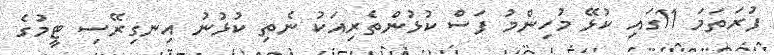
ފުރަތަމަ 11ގައި ކުޅޭ މުހިންމު ފަސް ކުޅުންތެރިއަކު ނެތި ކުޅުނު އިނގިރޭސި ޓީމުގެ